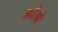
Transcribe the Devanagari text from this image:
जघैओ